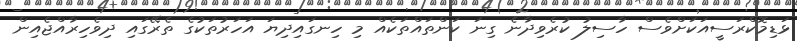
ޅަޑިމޮކްރަސީއަކަށްވެސް ހާސިލު ކުރެވިދާނެ ގިނަ ކަންތައްތަކެއް މި ހިނގައިދިޔަ އަހަރުތަކުގެ ތެރޭގައި ދިވެހިރާއްޖެއިން